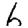
Digit: 6